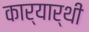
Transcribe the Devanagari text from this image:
कार्यार्थी